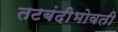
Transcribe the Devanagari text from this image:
तटबंदीभोवती